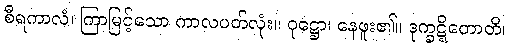
စီရကာလံ၊ ကြာမြင့်သော ကာလပတ်လုံး။ ဝုဋ္ဌော၊ နေဖူး၏။ ဒုက္ခဋ္ဋိတောတိ၊